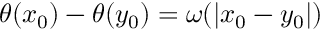
\theta ( x _ { 0 } ) - \theta ( y _ { 0 } ) = \omega ( | x _ { 0 } - y _ { 0 } | )